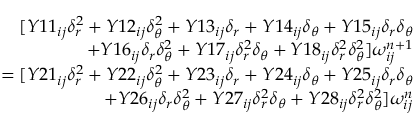
\begin{array} { r } { [ Y 1 1 _ { i j } \delta _ { r } ^ { 2 } + Y 1 2 _ { i j } \delta _ { \theta } ^ { 2 } + Y 1 3 _ { i j } \delta _ { r } + Y 1 4 _ { i j } \delta _ { \theta } + Y 1 5 _ { i j } \delta _ { r } \delta _ { \theta } } \\ { + Y 1 6 _ { i j } \delta _ { r } \delta _ { \theta } ^ { 2 } + Y 1 7 _ { i j } \delta _ { r } ^ { 2 } \delta _ { \theta } + Y 1 8 _ { i j } \delta _ { r } ^ { 2 } \delta _ { \theta } ^ { 2 } ] \omega _ { i j } ^ { n + 1 } } \\ { = [ Y 2 1 _ { i j } \delta _ { r } ^ { 2 } + Y 2 2 _ { i j } \delta _ { \theta } ^ { 2 } + Y 2 3 _ { i j } \delta _ { r } + Y 2 4 _ { i j } \delta _ { \theta } + Y 2 5 _ { i j } \delta _ { r } \delta _ { \theta } } \\ { + Y 2 6 _ { i j } \delta _ { r } \delta _ { \theta } ^ { 2 } + Y 2 7 _ { i j } \delta _ { r } ^ { 2 } \delta _ { \theta } + Y 2 8 _ { i j } \delta _ { r } ^ { 2 } \delta _ { \theta } ^ { 2 } ] \omega _ { i j } ^ { n } } \end{array}